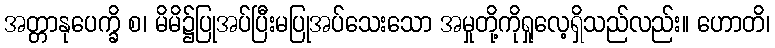
အတ္တာနုပေက္ခိ စ၊ မိမိ၌ပြုအပ်ပြီးမပြုအပ်သေးသော အမှုတို့ကိုရှုလေ့ရှိသည်လည်း။ ဟောတိ၊